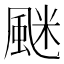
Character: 𩗐